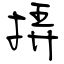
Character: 挵